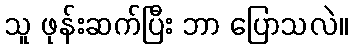
သူ ဖုန်းဆက်ပြီး ဘာ ပြောသလဲ။